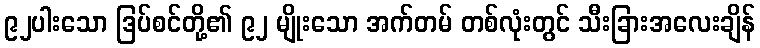
၉၂ပါးသော ဒြပ်စင်တို့၏ ၉၂ မျိုးသော အက်တမ် တစ်လုံးတွင် သီးခြားအလေးချိန်